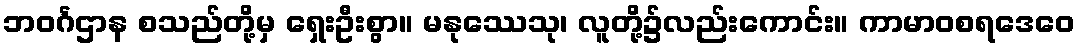
ဘဝင်္ဂဌာန စသည်တို့မှ ရှေးဦးစွာ။ မနုဿေသု၊ လူတို့၌လည်းကောင်း။ ကာမာဝစရဒေဝေ